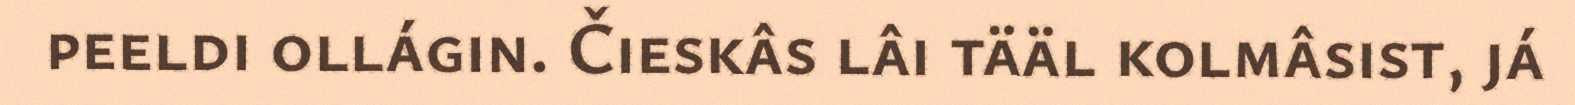
peeldi ollágin. Čieskâs lâi tääl kolmâsist, já